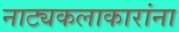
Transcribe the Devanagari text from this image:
नाट्यकलाकारांना